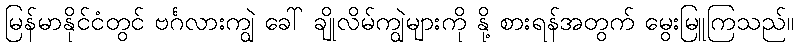
မြန်မာနိုင်ငံတွင် ဗင်္ဂလားကျွဲ ခေါ် ချိုလိမ်ကျွဲများကို နို့ စားရန်အတွက် မွေးမြူကြသည်။